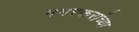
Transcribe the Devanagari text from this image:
नगरकरांच्या